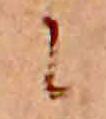
に